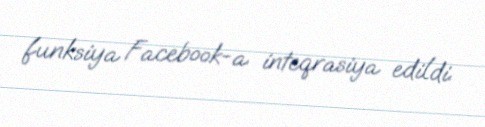
funksiya Facebook-a inteqrasiya edildi.